Report of the Municipal Commissioner on the plague in Bombay for the year ending 31st May... - Volume 2
Disease focus: Plague
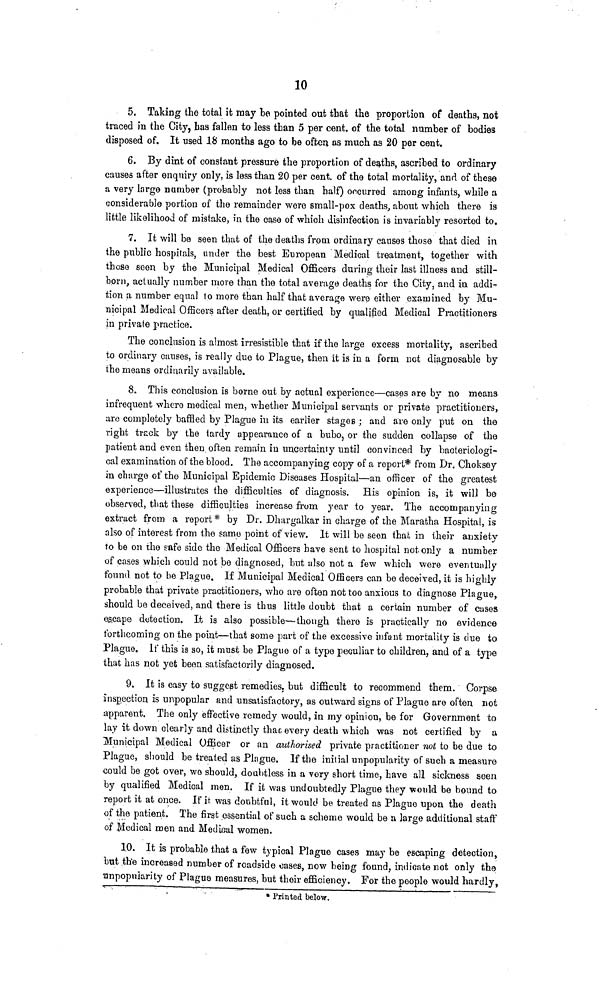
10
5. Taking the total it may be pointed out that the proportion of deaths, not
traced in the City, has fallen to less than 5 per cent, of the total number of bodies
disposed of. It used 18 months ago to be often as much as 20 per cent.
6. By dint of constant pressure the proportion of deaths, ascribed to ordinary
causes after enquiry only, is less than 20 per cent, of the total mortality, and of these
a very large number (probably not less than half) occurred among infants, while a
considerable portion of the remainder were small-pox deaths, about which there is
little likelihood of mistake, in the case of which disinfection is invariably resorted to,
7. It will be seen that of the deaths from ordinary causes those that died in
the public hospitals, under the best European Medical treatment, together with
those seen by the Municipal Medical Officers during their last illness and still-
born, actually number more than the total average deaths for the City, and in addi-
tion a number equal lo more than half that average were either examined by Mu-
nicipal Medical Officers after death, or certified by qualified Medical Practitioners
in private practice.
The conclusion is almost irresistible that if the large excess mortality, ascribed
to ordinary causes, is really due to Plague, then it is in a form not diagnosable by
the means ordinarily available.
8. This conclusion is borne out by actual experience—cases are by no means
infrequent where medical men, whether Municipal servants or private practitioners,
uro completely baffled by Plague in its earlier stages ; and are only put on the
right track by the tardy appearance of a bubo, or the sudden collapse of the
patient and even then often remain in uncertainty until convinced by bacteriologi-
cal examination of the blood. The accompanying copy of a report* from Dr. Choksey
in charge of the Municipal Epidemic Diseases Hospital—an officer of the greatest
experience—illustrates the difficulties of diagnosis. His opinion is, it will be
observed, tliat these difficulties increase from year to year. The accompanying
extract from a report * by Dr. Dhargalkar in charge of the Maratha Hospital, is
also of interest from the same point of view. It will be seen that in their anxiety
to be on the safe side the Medical Officers have sent to hospital not only a number
of cases which could not be diagnosed, but also not a few which were eventually
found not to be Plague. If Municipal Medical Officers can be deceived, it is highly
probable that private practitioners, who are often not too anxious to diagnose Plague,
should be deceived, and there is thus little doubt that a certain number of cases
es.cape detection. It is also possible—though there is practically no evidence
forthcoming on the point—that some part of the excessive infant mortality is due to
Plague. If this is so, it must be Plague of a type peculiar to children, and of a type
that has not yet been satisfactorily diagnosed.
9. It is easy to suggest remedies, but difficult to recommend them. Corpse
inspection is unpopular and unsatisfactory, as outward signs of Plague are often not
apparent. The only effective remedy would, in my opinion, be for Government to
lay it down clearly and distinctly thac every death which was not certified by a
Municipal Medical Officer or an authorised private practitioner not to be due to
Plague, should be treated as Pbgue. If the initial unpopularity of such a measure
could be got over, wo should, doubtless in a very short time, have all sickness seen
by qualified Medical men. If it was undoubtedly Plague they would be bound to
report it at once. If ir was doubtful, it would be treated as Plague upon the death
of the patient. The first essential of such a scheme would be a large additional staff
of Medical men and Medical women.
10. It is probable that a few typical Plague cases may be escaping detection,
but the increased number of roadside oases, now being found, indicate not only the
unpopularity of Plague measures, but their efficiency. For the people would hardly,
. Printed below.